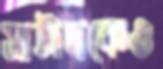
সাঈদকেও